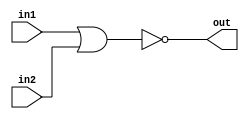
module my_nor (output out, input in1, in2);
	wire temp;

	or or1(temp, in1, in2);
	not not1(out, temp);

endmodule